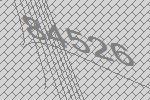
84526